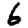
Digit: 6